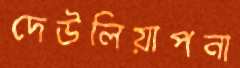
দেউলিয়াপনা